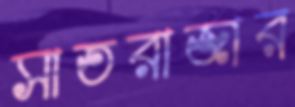
সাতরাজার